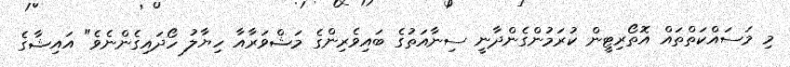
މި މަސައްކަތްތައް އޮތޯރިޓީން ކުރަމުންގެންދާނީ ސިނާއަތުގެ ބައިވެރިންގެ މަޝްވަރާއާ ހިޔާލު ހޯދައިގެންނެވެ" އައިޝާގެ